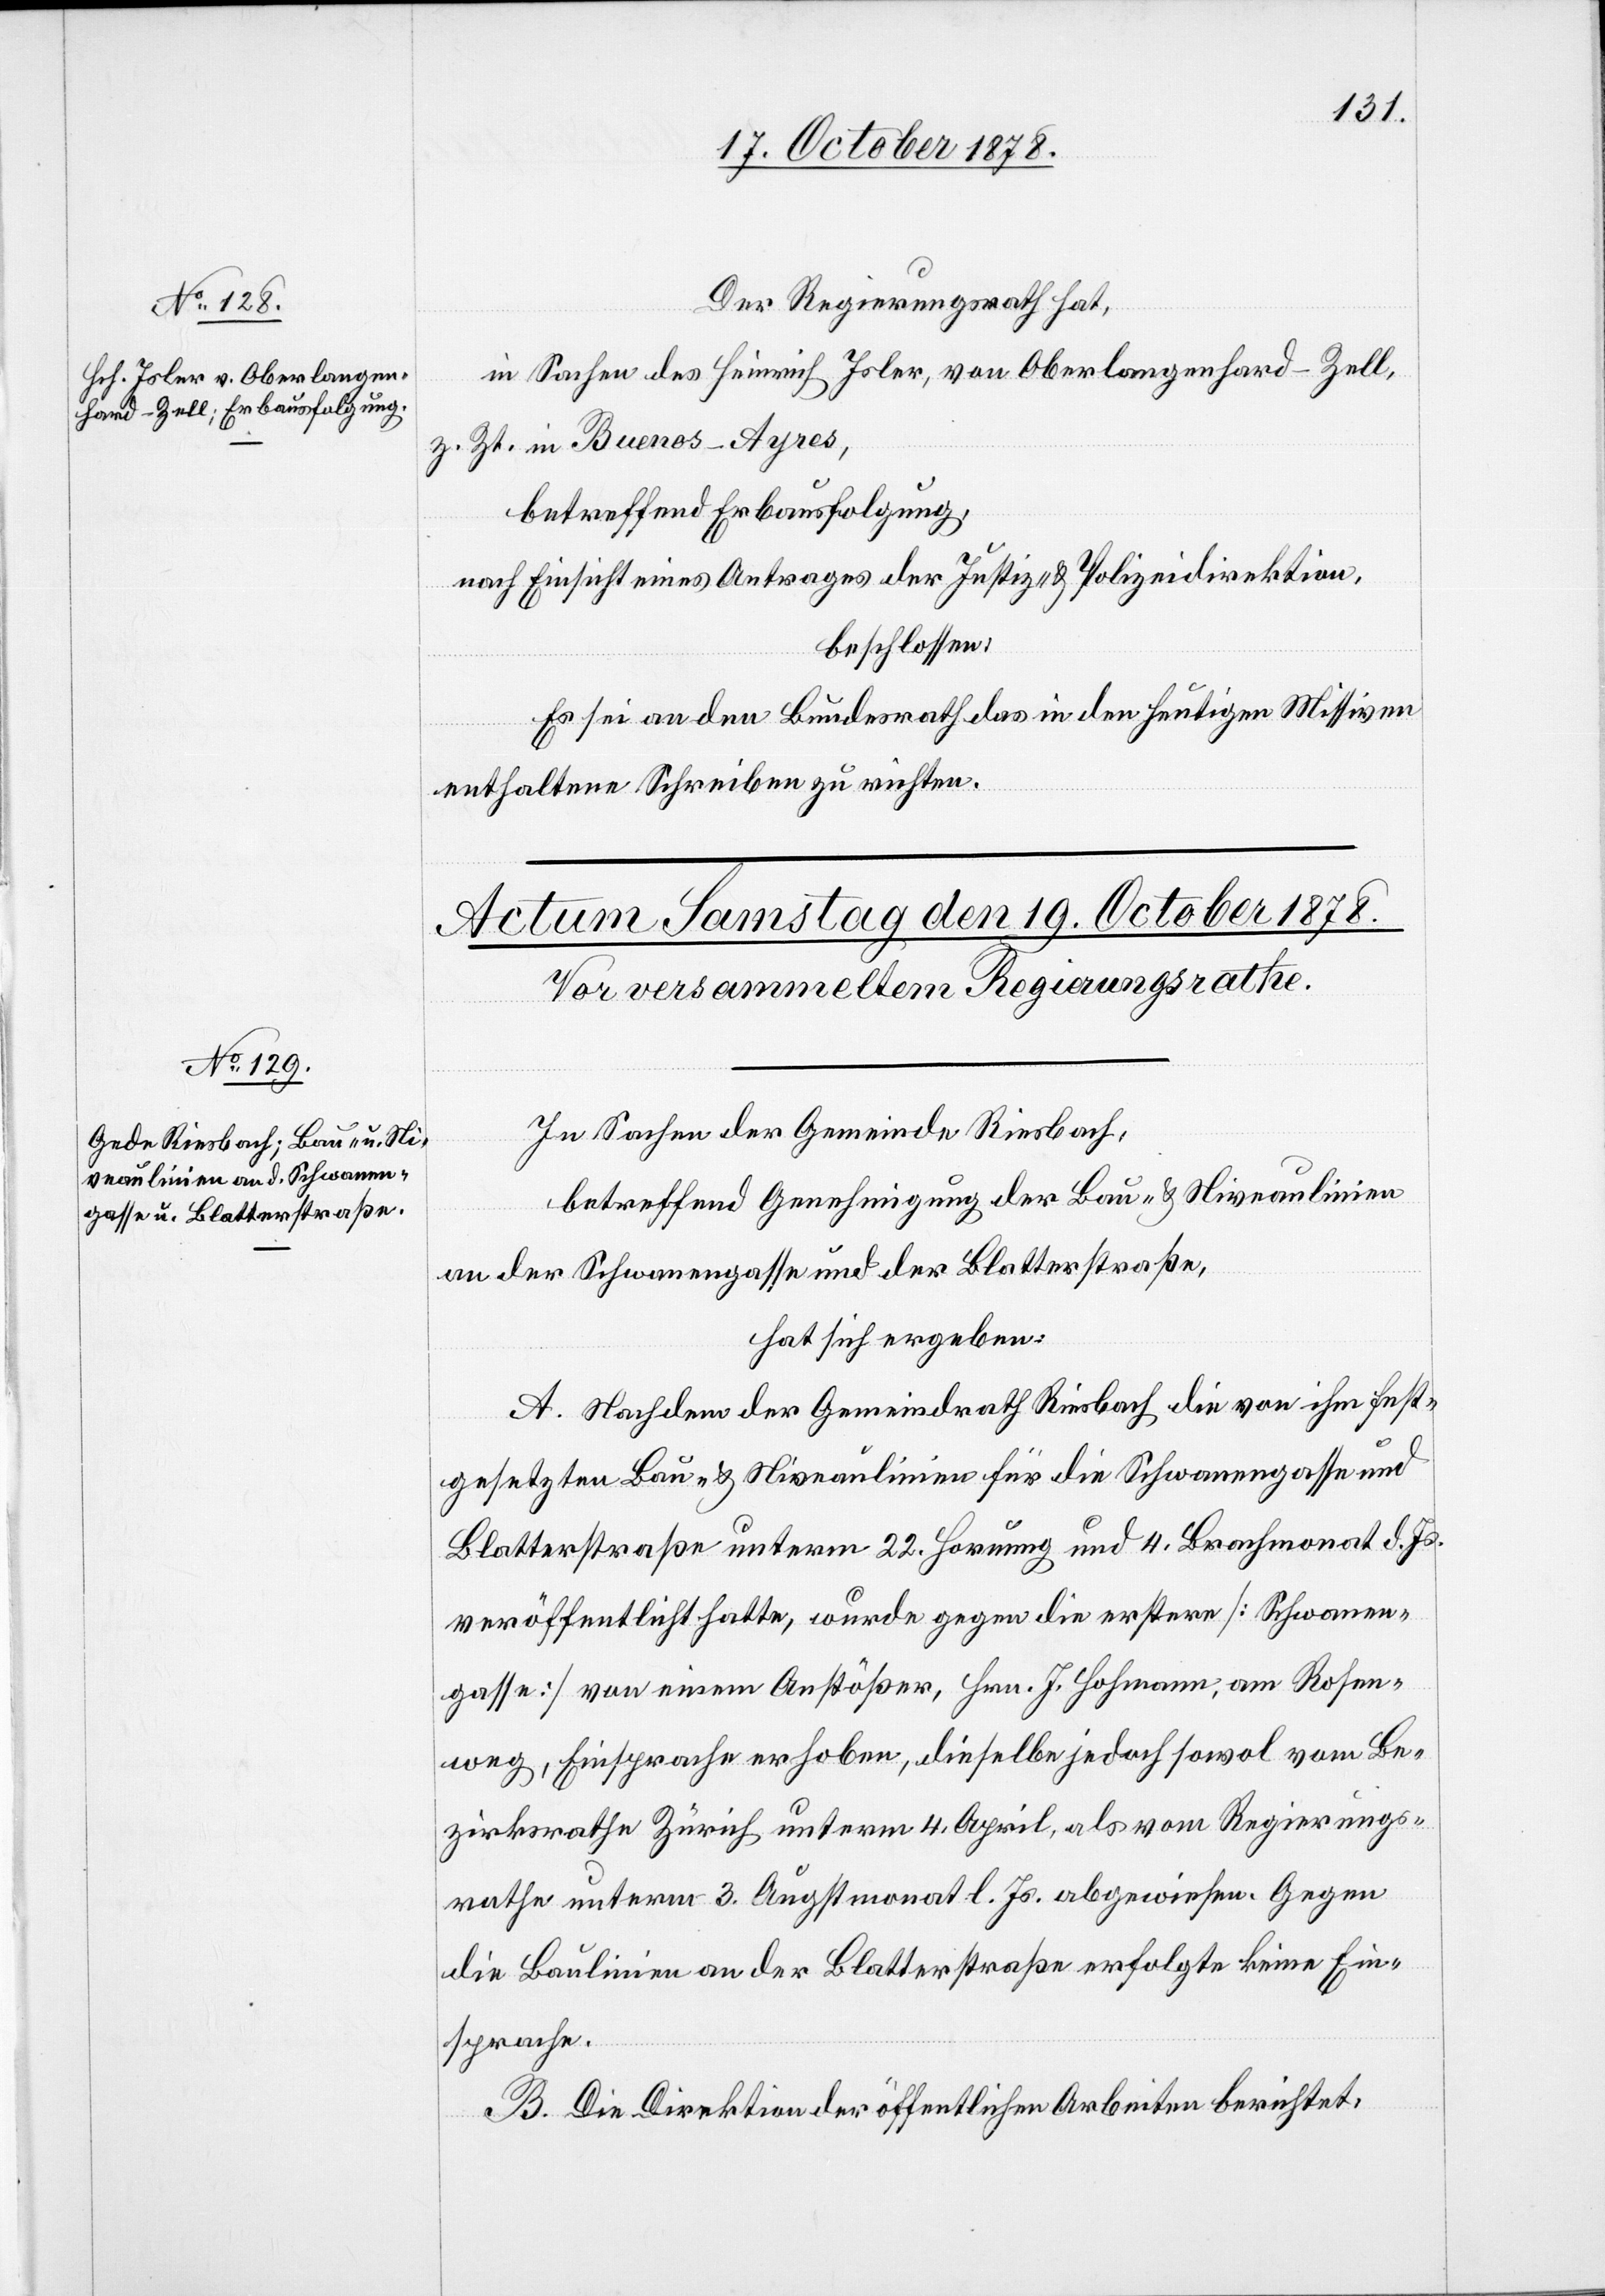
18. October 1878.]
Der Regierungsrath hat,
in Sachen des Heinrich Isler, von Oberlangenhard - Zell,
z. Zt. in Buenos-Ayres,
betreffend Erbausfolgung,
nach Einsicht eines Antrages der Justiz- & Polizeidirektion,
beschlossen:
Es sei an den Bundesrath das in den heutigen Missiven
enthaltene Schreiben zu richten.
In Sachen der Gemeinde Riesbach,
betreffend Genehmigung der Bau- & Niveaulinien
an der Schwanengasse und der Blatterstraße,
hat sich ergeben:
A. Nachdem der Gemeindrath Riesbach die von ihm fest¬
gesetzten Bau- & Niveaulinien für die Schwanengasse und
Blatterstraße unterm 22. Hornung und 4. Brachmonat d. Js.
veröffentlicht hatte, wurde gegen die erstere [Schwanen¬
gasse] von einem Anstößer, Hrn. J. Hohmann, am Rosen¬
weg, Einsprache erhoben, dieselbe jedoch sowol vom Be¬
zirksrath Zürich unterm 4. April, als vom Regierungs¬
rathe unterm 3. Augstmonat l. Js. abgewiesen. Gegen
die Baulinie an der Blatterstraße erfolgte keine Ein¬
sprache.
B. Die Direktion der öffentlichen Arbeiten berichtet: